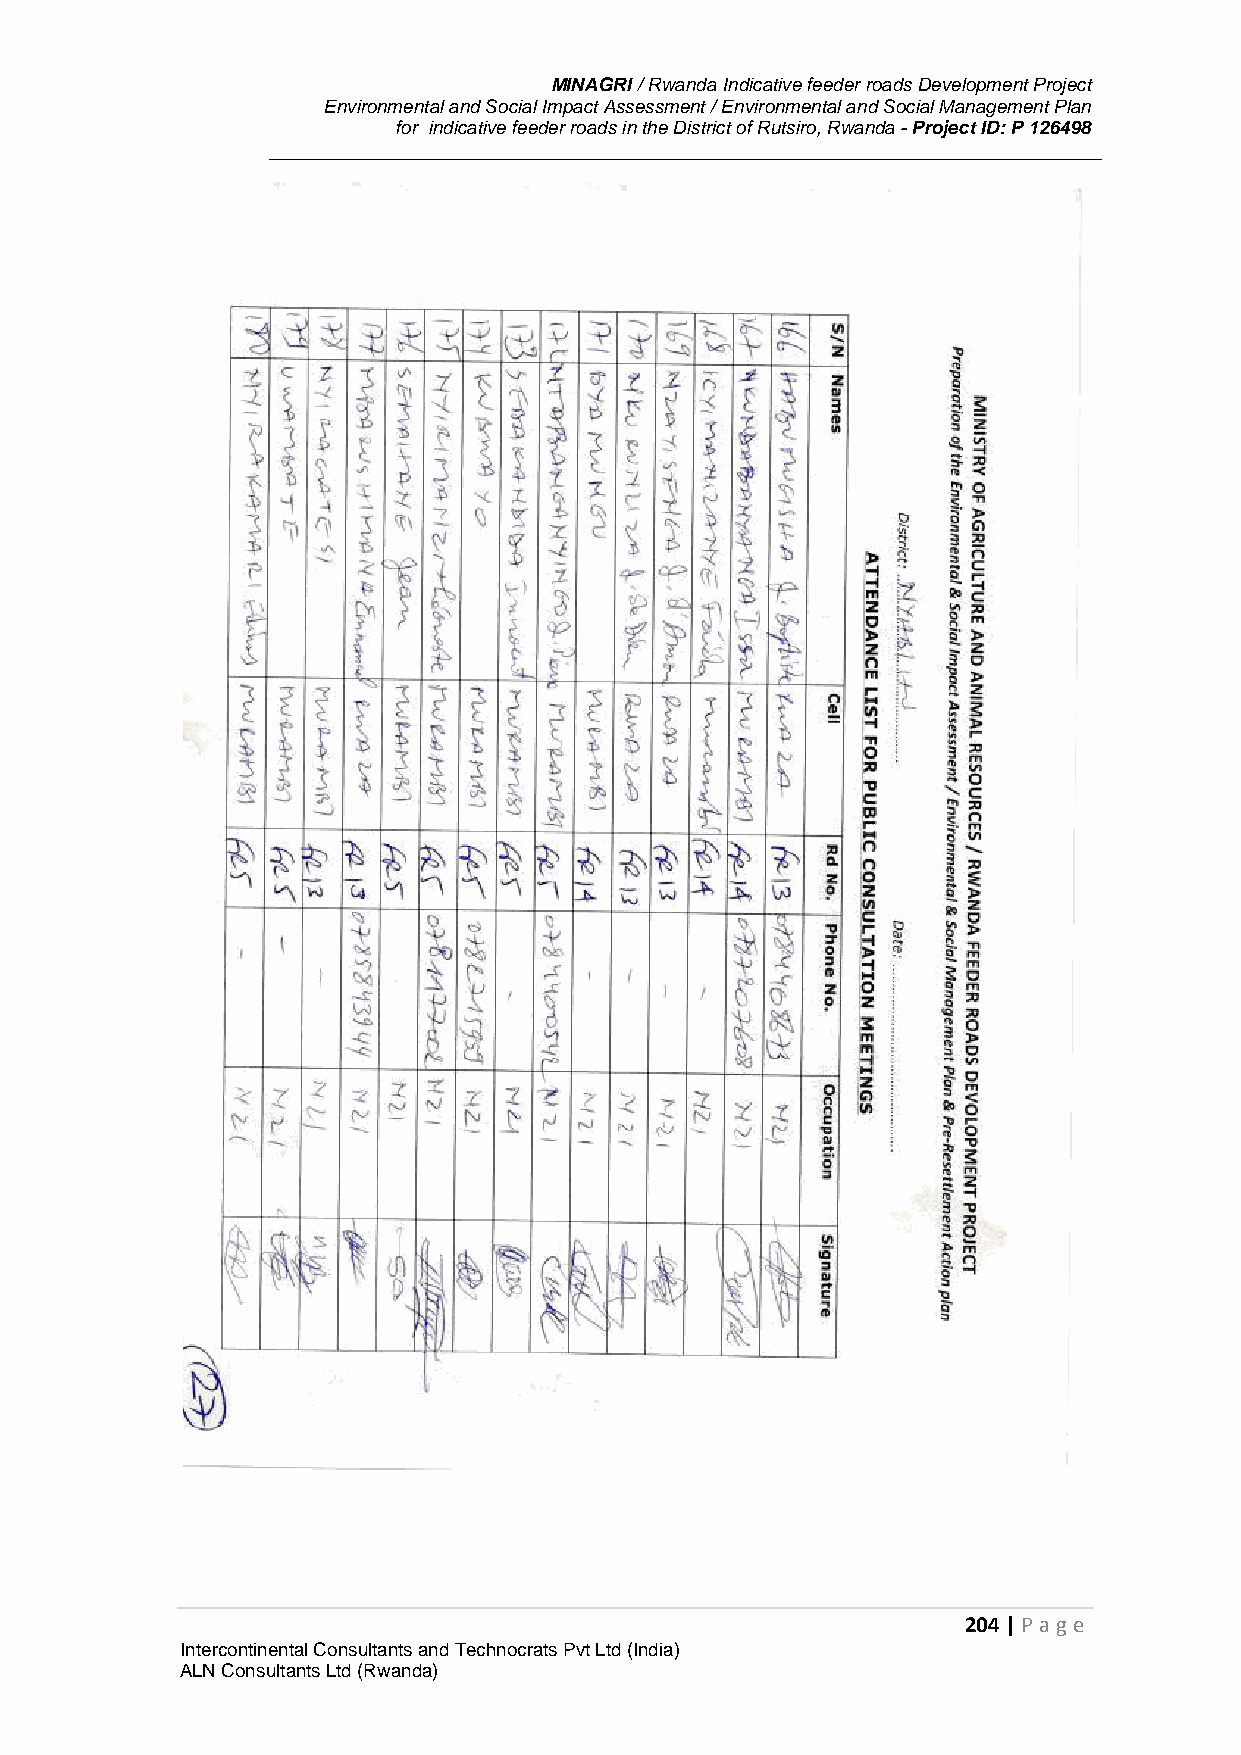
MINAGRI / Rwanda Indicative feeder roads Development Project
 Environmental and Social Impact Assessment / Environmental and Social Management Plan
 for indicative feeder roads in the District of Rutsiro, Rwanda - Project ID: P 126498
 204 | P age
 Intercontinental Consultants and Technocrats Pvt Ltd (India)
 ALN Consultants Ltd (Rwanda)